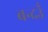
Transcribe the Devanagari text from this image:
बन्दउँ